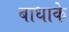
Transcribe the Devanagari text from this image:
बाधाके